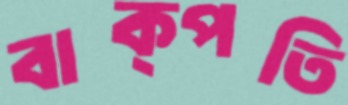
বাক্‌পতি